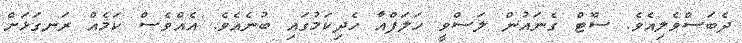
ދެބަސްވެލިއެވެ. ސޫޓް ގެނައުން ލަސްވީ ހަލަފްއާ ހެދިކަމުގައި ބުނެއެވެ. އެއްވެސް ކަމެއް ރަނގަޅަށް